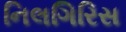
નિલગિરિસ